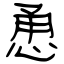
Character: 恿